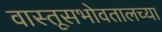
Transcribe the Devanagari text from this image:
वास्तूसभोवतालच्या